Civil Veterinary Department. Madras. Admin. report 1910-25 - 1910-1925
Year: 1910
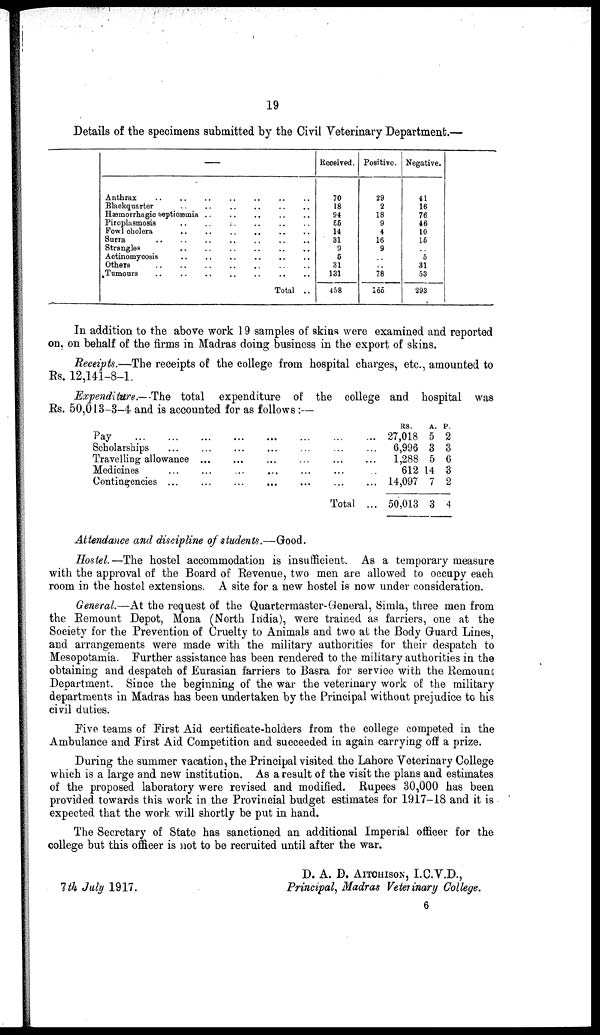
19
Details of the specimens submitted by the Civil Veterinary Department.—
—
Anthrax
..
..
..
..
..
..
..
..
Blackquarter .. .. .. .. .. .. ..
Hæmorrhagic septieæmia .. .. .. .. ..
Piroplasmosis .. .. .. .. .. ..
Fowl cholera .. .. .. .. .. ..
Surra .. .. .. .. .. ..
Strangles .. .. .. .. .. .. .. ..
Actinomycosis .. .. .. .. .. ..
Others .. .. .. .. .. .. .. ..
Tumours .. .. .. .. .. .. .. ..
Total ..
Received.
70
18
94
55
14
31
9
5
31
131
458
Positive.
29
2
18
9
4
16
9
..
..
78
165
Negative.
41
16
76
46
10
16
..
5
31
53
293
In addition to the above work 19 samples of skins were examined and reported
on, on behalf of the firms in Madras doing business in the export of skins.
Receipts.—The receipts of the college from hospital charges, etc., amounted to
Rs. 12,141-8-1.
Expenditure.—The total expenditure of the college and hospital was
Rs. 50,013-3-4 and is accounted for as follows:—
Pay
...
...
...
...
...
...
Scholarships
...
...
...
...
...
Travelling allowance
...
...
...
...
Medicines
...
...
...
...
...
Contingencies
...
...
...
...
...
... ...
... ...
... ...
... ...
... ...
Total ...
RS.
27,018
6,996
1,288
612
14,097
50,013
A.
5
3
5
14
7
3
P.
2
3
6
3
2
4
Attendance and discipline of students.—Good.
Hostel.—The hostel accommodation is insufficient. As a temporary measure
with the approval of the Board of Revenue, two men are allowed to occupy each
room in the hostel extensions. A site for a new hostel is now under consideration.
General.—At the request of the Quartermaster-General, Simla, three men from
the Remount Depot, Mona (North India), were trained as farriers, one at the
Society for the Prevention of Cruelty to Animals and two at the Body Guard Lines,
and arrangements were made with the military authorities for their despatch to
Mesopotamia. Further assistance has been rendered to the military authorities in the
obtaining and despatch of Eurasian farriers to Basra for service with the Remount
Department. Since the beginning of the war the veterinary work of the military
departments in Madras has been undertaken by the Principal without prejudice to his
civil duties.
Five teams of First Aid certificate-holders from the college competed in the
Ambulance and First Aid Competition and succeeded in again carrying off a prize.
During the summer vacation, the Principal visited the Lahore Veterinary College
which is a large and new institution. As a result of the visit the plans and estimates
of the proposed laboratory were revised and modified. Rupees 30,000 has been
provided towards this work in the Provincial budget estimates for 1917-18 and it is
expected that the work will shortly be put in hand.
The Secretary of State has sanctioned an additional Imperial officer for the
college but this officer is not to be recruited until after the war.
D. A. D. AITCHISON, I.C.V.D.,
7th July 1917.
Principal, Madras Veterinary College,
6